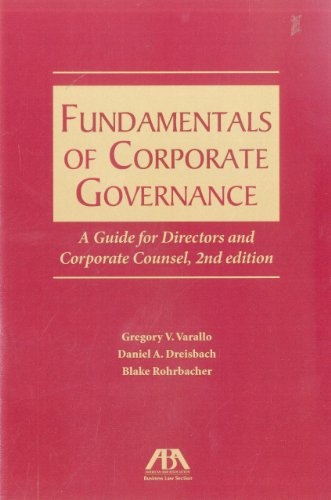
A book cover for Fundamentals of Corporate Governance: A Guide for Directors and Corporate Counsel; Gregory V. Varallo; Business & Money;